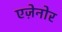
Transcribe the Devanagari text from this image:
एज़ेनोर